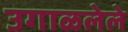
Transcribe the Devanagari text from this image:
उगाळलेले